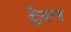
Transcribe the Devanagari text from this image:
ट्रेरन